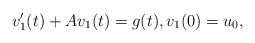
\begin{align*} v_1'(t) + Av_1(t) = g(t), v_1(0) = u_0, \end{align*}